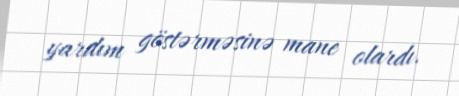
yardım göstərməsinə mane olardı.